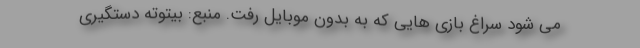
می شود سراغ بازي هایی که به بدون موبایل رفت. منبع: بیتوته دستگیری